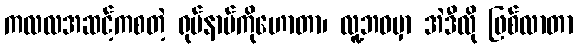
ကလလအဆင့်ကစတဲ့ ရုပ်နာမ်ကိုဟောတာ၊ လူ့ဘဝမှာ အဲဒီလို ဖြစ်လာတာ